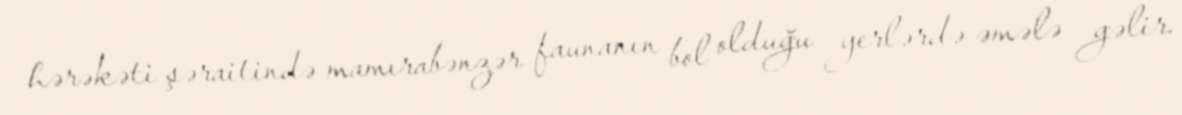
hərəkəti şəraitində mamırabənzər faunanın bol olduğu yerlərdə əmələ gəlir.